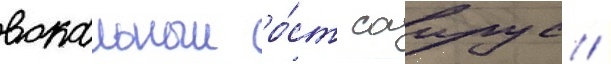
вокальныи ро́ст саирус /